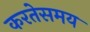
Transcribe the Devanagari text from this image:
करतेसमय